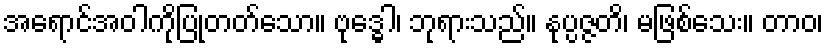
အရောင်အဝါကိုပြုတတ်သော။ ဗုဒ္ဓေါ၊ ဘုရားသည်။ နုပ္ပဇ္ဇတိ၊ မဖြစ်သေး။ တာဝ၊